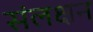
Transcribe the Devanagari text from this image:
संलक्षन